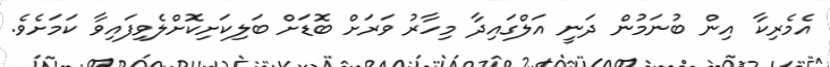
އެމެރިކާ އިން ބުނަމުން ދަނީ އަލްގައިދާ މިހާރު ވަރަށް ބޮޑަށް ބަލިކަށިކޮށްލެވިފައިވާ ކަމަށެވެ.